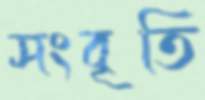
সংবৃতি